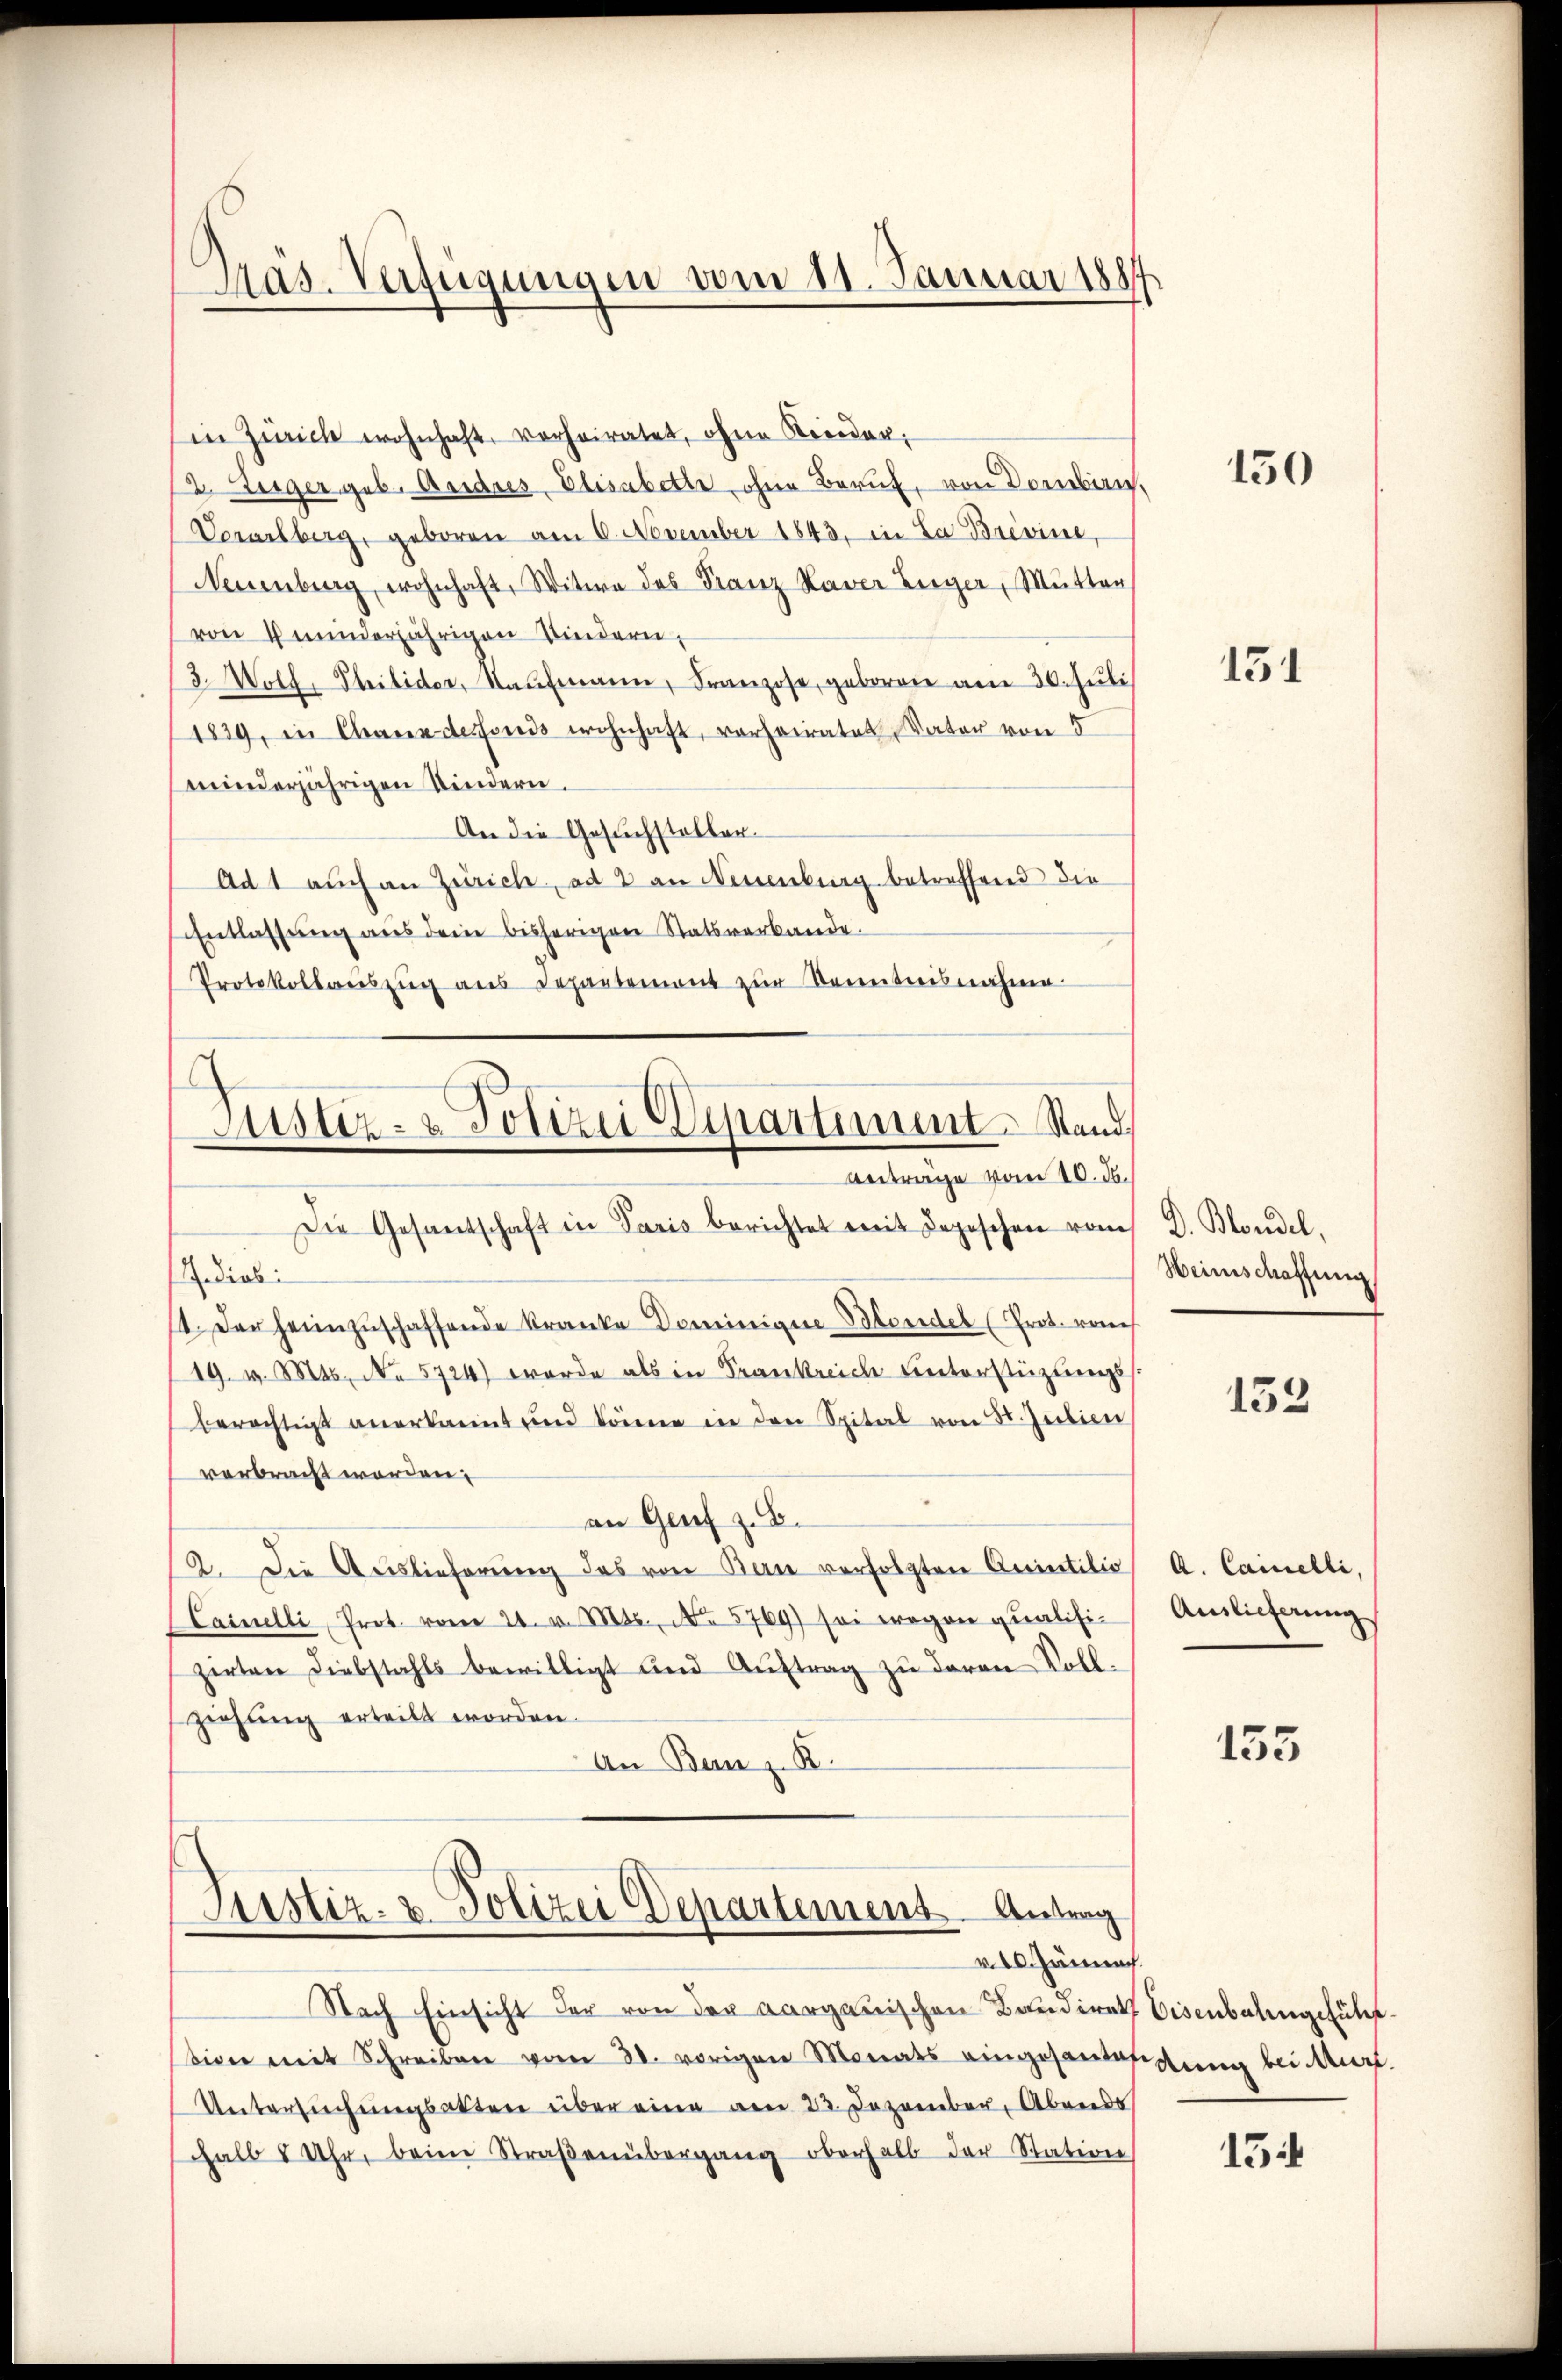
Mas. Verfügungen vom 11. Januar 1884

in Zürich wohnhaft verheiratet, ohne Kinder.
2. Zieger geb. Andres, Elisabette ohne Beruf, von Dombin
Vorarlberg, geboren am 6. November 1843. in La Brevine,
Neuenburg wohnhaft, Witwe des Franz Kaver Züger, Mutter
von Grunderjährigen Kindern,
3. Wolf, Philider, Kaufmann, Franzose, geboren am 30. Juli
1839, in Chaux desfonds wohnhaft, vorheiratet, Vater von 5
winderjährigen Kindern.
An die Gesuchsteller-
Ad 1 auch an Zürich, ad 2 an Neuenburg betreffend die
Entlassŭng aus dem bisherigen Statsverbande.
Protokollaŭszŭg ans Departement zŭr Kenntnisnahme

Justiz- & Polizei Departiment. Stand,
Anträge vom 10. d.

Die Gesandschaft in Paris berichtet mit Depeschen vom D. Blondel.
dieb:
1. Der heimzuschaffende Kranke Demeinige Blondel (Prot. von
19. v. Mts. No 5724) wurde als in Frankreich unterstüzungss
berechtigt anerkannt und könne in den Spital von St. Julien
verbracht worden:
an Genf z. B.
2. Die Auslieferŭng des von Bau verfolgten Anintilio
Cainelli, Prot. vom 21. v. Mts., No 5769) sei wegen qualisizirten Diebstahls bewilligt und Aŭftrag zŭ deren Voll-
ziehung erteilt worden.
An Banz. R.

Justiz- & Polizei Departement. Antrag
v 10. Jännach.

bien mit Schreiben vom 30. vorigen Monats eingesandessung bei Murt
Untersuchungsakten über eine am 22. Dezember, Abends
halb 4 Uhr, beim Straβenübergang oberhalb der Station

Nach Einsicht der von der Aargauischen Baudiret Eisenbahngefüh¬

150

131

Heimschaffung

153

A. Camelli,
Auslieferung

155

15